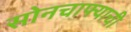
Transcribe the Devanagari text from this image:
सोनचाफ्याची